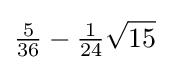
{\tfrac {5}{36}}-{\tfrac {1}{24}}{\sqrt {15}}